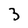
Character: 3